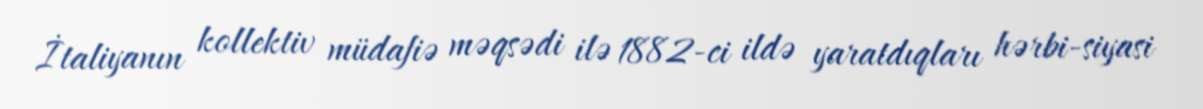
İtaliyanın kollektiv müdafiə məqsədi ilə 1882-ci ildə yaratdıqları hərbi-siyasi